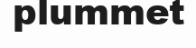
plummet